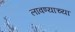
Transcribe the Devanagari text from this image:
लावण्‍याच्‍या